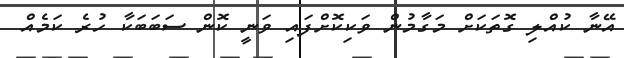
އޭނާ ކުއްލި ގޮތަކަށް މަގާމުން ވަކިކޮށްފައި ވަނީ ކޮން ސަބަބަކާ ހުރެ ކަމެއް